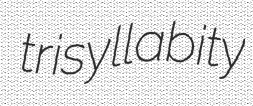
trisyllabity